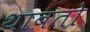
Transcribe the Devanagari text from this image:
थाबतो